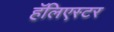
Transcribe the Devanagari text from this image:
हॅलिएस्टर